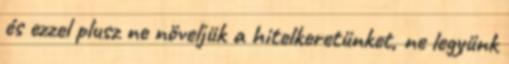
és ezzel plusz ne növeljük a hitelkeretünket, ne legyünk